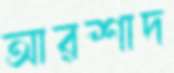
আরশাদ